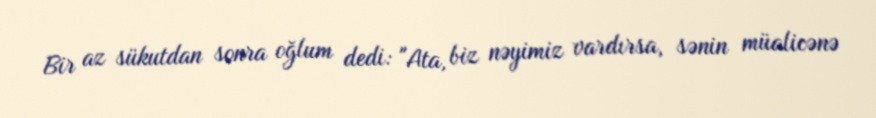
Bir az sükutdan sonra oğlum dedi: "Ata, biz nəyimiz vardırsa, sənin müalicənə